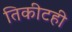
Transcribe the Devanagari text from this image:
तिकीटही